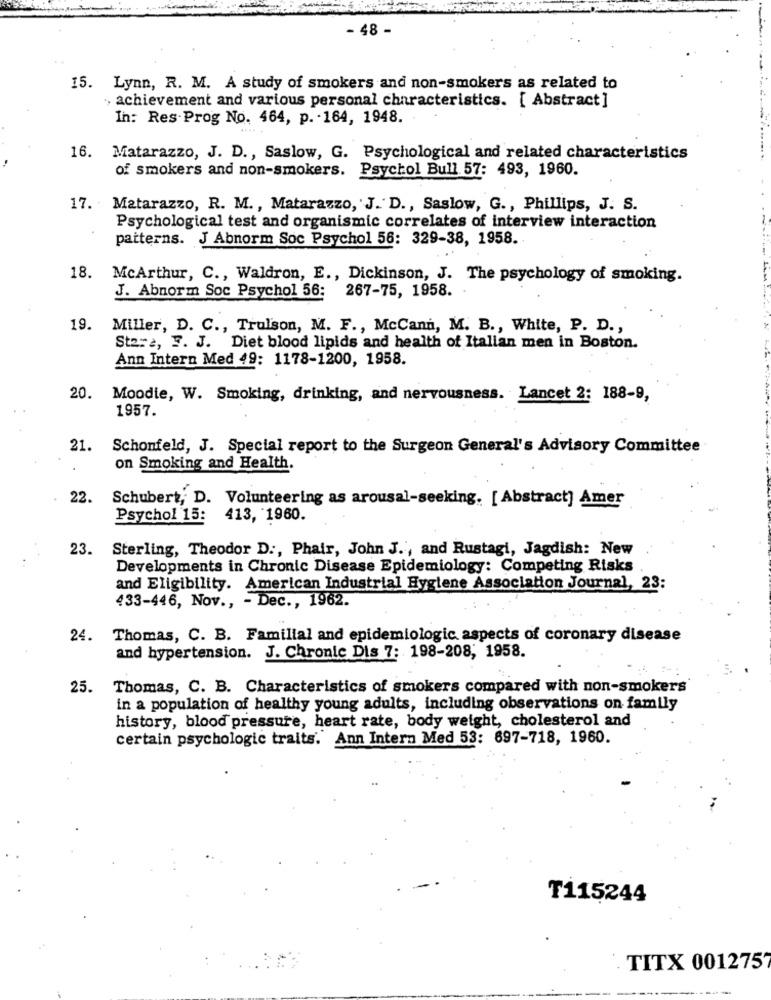
- 48 -
15. Lynn, R. M. A study of smokers and non-smokers as related to
, achievement and various personal characteristics. [ Abstract]
In: Res Prog No. 464, p. - 164, 1948.
16.
Matarazzo, J. D ., Saslow, G. Psychological and related characteristics
of smokers and non-smokers. Psychol Bull 57: 493, 1960.
17. Matarazzo, R. M ., Matarazzo, J. D ., Saslow, G ., Phillips, J. S.
Psychological test and organismic correlates of interview interaction
patterns. J Abnorm Soc Psychol 56: 329-38, 1958.
18. McArthur, C ., Waldron, E ., Dickinson, J. The psychology of smoking.
J. Abnorm Soc Psychol 56: 267-75, 1958.
19. Miller, D. C ., Trulson, M. F ., McCann, M. B ., White, P. D .,
St2:2, F. J. Diet blood lipids and health of Italian men in Boston.
Ann Intern Med 49: 1178-1200, 1958.
20. Moodie, W. Smoking, drinking, and nervousness. Lancet 2: 188-9,
1957.
21.
Schonfeld, J. Special report to the Surgeon General's Advisory Committee
on Smoking and Health.
22.
Schubert, D. Volunteering as arousal-seeking. [ Abstract] Amer
Psychol 15: 413, 1960.
23.
Sterling, Theodor D ., Phair, John J ., and Rustagi, Jagdish: New
Developments in Chronic Disease Epidemiology: Competing Risks
and Eligibility. American Industrial Hygiene Association Journal, 23:
433-446, Nov ., - Dec ., 1962.
24. Thomas, C. B. Familial and epidemiologic aspects of coronary disease
and hypertension. J. Chronic Dis 7: 198-208, 1958.
25. Thomas, C. B. Characteristics of smokers compared with non-smokers
in a population of healthy young adults, including observations on family
history, blood pressure, heart rate, body weight, cholesterol and
certain psychologic traits." Ann Intern Med 53: 897-718, 1960.
T115244
TITX 001275